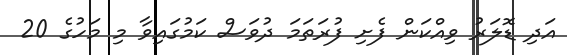
އަދި ޑޮލަރު ވިއްކަން ފެށި ފުރަތަމަ ދުވަސް ކަމުގައިވާ މި މަހުގެ 20